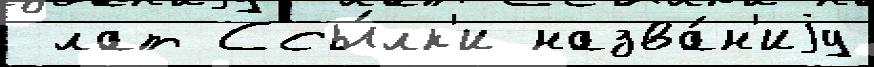
 лат Ссы́лк'и назва́н'иjу